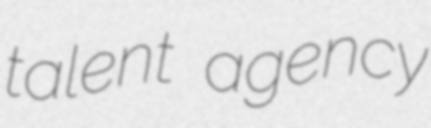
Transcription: talent agency